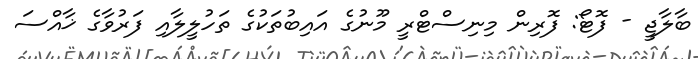
ބާލާޖީ - ފޮޓޯ: ފޮރިން މިނިސްޓްރީ މޫނުގެ އައިބުތަކުގެ ތަހުލީލާއި ފަރުވާގެ ޚާއްސަ